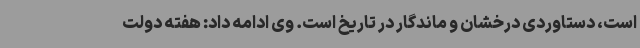
است، دستاوردی درخشان و ماندگار در تاریخ است. وی ادامه داد: هفته دولت